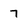
Character: 7